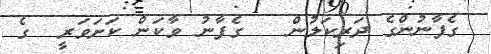
ގެފާނުންގެ ދަރިކަލުން   ގެފާނު ވާކަން ކަށަވަރީ  ގެ